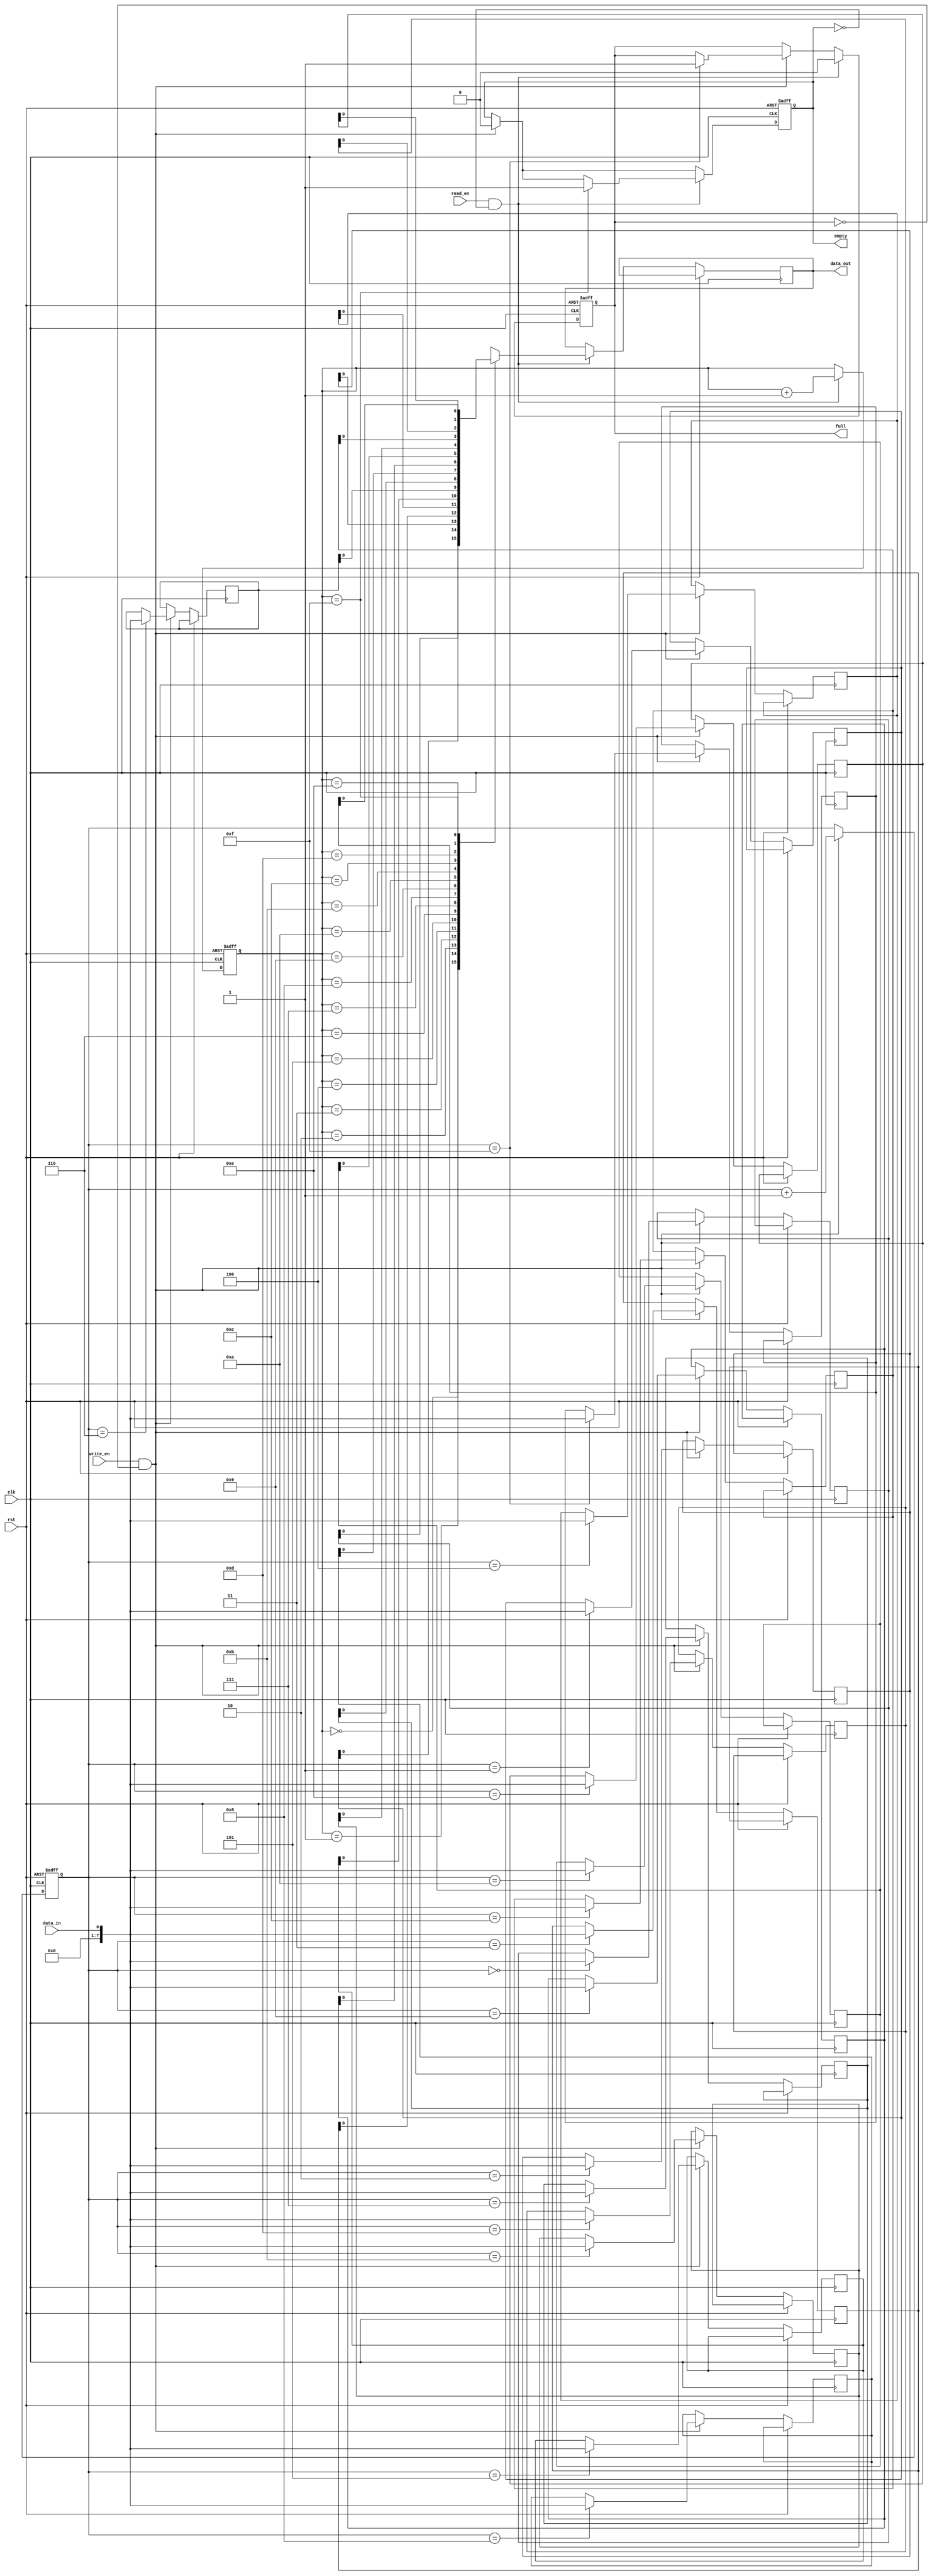
module level_sensitive_fifo_buffer (
    input wire clk,
    input wire rst,
    input wire write_en,
    input wire read_en,
    input wire data_in,
    output reg data_out,
    output reg full,
    output reg empty
);

reg [7:0] buffer [0:15];
reg [3:0] write_ptr;
reg [3:0] read_ptr;

always @(posedge clk or posedge rst) begin
    if (rst) begin
        write_ptr <= 0;
        read_ptr <= 0;
        full <= 0;
        empty <= 1;
    end else begin
        if (write_en && !full) begin
            buffer[write_ptr] <= data_in;
            write_ptr <= write_ptr + 1;
            if (write_ptr == 15) begin
                full <= 1;
            end
            empty <= 0;
        end
        
        if (read_en && !empty) begin
            data_out <= buffer[read_ptr];
            read_ptr <= read_ptr + 1;
            if (read_ptr == 15) begin
                empty <= 1;
            end
            full <= 0;
        end
    end
end

endmodule